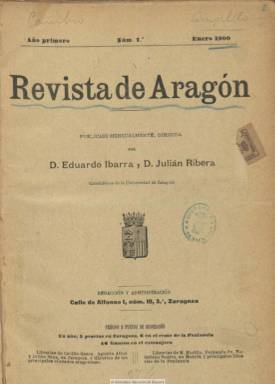
Título: Revista de Aragón (Zaragoza)
Colección: Cultura
Ámbito geográfico: Zaragoza
Lugar de publicación: Zaragoza
Fechas: 01/01/1900-31/12/1905

Fundada y codirigida por el catedrático valenciano y patriarca del arabismo español Julián Ribera y Tarragó (1858-1934) y el historiador zaragozano Eduardo Ibarra y Rodríguez (1866-1944) cuando coincidieron en la Facultad de Letras de la Universidad de Zaragoza. Aparece su primer número en enero de 1900 y ha sido considerada como una de las publicaciones más notorias de principios del siglo veinte, cuyo prestigió creció a nivel nacional y entre los hispanistas en el campo internacional. En ella confluyeron los temas eruditos y de investigación y los de crítica literaria, social y política, todo ello animado por un regeneracionismo conservador de corte universitario y un regionalismo moderado, pues en ella converge un destacado número de profesores y especialistas, a la vez que en su artículo de presentación se señalará en su dimensión regionalista que “para amar a una región no es preciso odiar ni ofender a nadie”. La publicación fue analizada por José-Carlos Mainer Baqué en su obra Regionalismo, burguesía y cultura (1982), de la que señala que apareció “con el impulso económico de la alta burguesía local”.

Será una revista con periodicidad mensual, publicando una sola entrega para los meses de julio a septiembre, al principio de 32 páginas, que muy pronto irá aumentando hasta superar ampliamente el centenar en algunas entregas, y que en contadas ocasiones insertará algunos fotograbados. Su paginación será continuada formando tomos anuales, que en los números de diciembre incluirá, al final, índices arreglados por orden alfabético de autores.

A partir de 1902 sus contenidos son formalmente estructurados en secciones. La de Historia estuvo a cargo del propio Ibarra y Rafael Altamira (1866-1951), y la de Filosofía, a cargo del profesor del Seminario de Zaragoza Alberto Gómez Izquierdo (1870-1930), que utilizará el seudónimo Dr. Grafilinks, y del también clérigo y arabista Miguel Asín Palacios (1871-1944). Al año siguiente, se sumará la sección de Arte, a cargo del crítico José Valenzuela La Rosa (1878-1957); y en 1904, la de Pedagogía, con textos del propio Ribera, y la de Filología e historia literaria, a cargo de Ramón Menéndez Pidal (1869-1968). También cuenta con una sección General, que llegará a tener paginación e índices anuales propios, en la que se incluyen textos de arte a cargo de Elías Tormo (1869-1957) y Vicente Lampérez y Romea (1861-1923); de política internacional, con artículos de Gabriel Maura Gamazo (1879-1963), o una sección varia, con textos del ya citado Ribera, considerado alma de la revista.

La publicación se había propuesto no privarse de tratar ninguna materia y sumará a sus páginas otros textos sobre ciencias, medicina, industria, comercio o agricultura, y sobre acontecimientos políticos, y aunque Ibarra, que utilizó los seudónimos Dr. Bráyer, Anacleto Rodríguez y, probablemente, Un Maestro de Escuela y la inicial Z (para escribir unos cuentos), firmaba una Crónica regional y se enmarcaba ideológicamente en el conservadurismo maurista, la revista se propuso también no “servir” ni a partido ni gobierno concreto alguno. En el plano religioso, se declaró nítidamente católica, pero tolerante.

Dispuso al principio de una sección de Intereses materiales y otra bajo el epígrafe Movimiento intelectual y, más adelante, una de Bibliografía y literatura moderna, que estuvo a cargo de Eduardo Gómez de Baquero (1866-1929), conocido por su seudónimo Andrenio, hasta que dimitió, y que contó también con el trabajo de Ramón Domingo Perés (1863-1956).

Su nómina de colaboradores, sumando los ya citados, fue amplísima y a ella hay que añadir al futuro catedrático de Derecho Canónico afín también al maurismo Juan Moneva y Puyol (1871-1951); al abogado y sociólogo de tendencia demócrata-cristiana Severino Aznar (1870-1959), que fue su revistero teatral además de tener la sección fija Hojas sueltas, en la que expuso su pensamiento social católico; al único socialdemócrata de la revista afiliado al PSOE, el obrero tipógrafo prietista Isidoro Achón Gallifa (1869-1941), que escribirá sobre cuestiones obreras y sociales en la sección General; al notario Luis María López Allué (1861-1928); al político Juan Blas y Ubide (1852-1923), a los abogados Rafael Pamplona Escudero (1865-1929) y Marceliano Isábal (1845-1931), al médico Vicente Gómez Salvo (1862-1937) o a Mariano Baselga (1865-1938). Resalta también en sus páginas, la serie que publica Santiago Ramón y Cajal bajo el título Recuerdos de mi vida; aunque del autor aragonés más notorio entonces, Joaquín Costa, sólo aparecerá un artículo, en la entrega de julio-septiembre de 1902, sobre dialectos aragoneses.

El estudio de Mainer destaca que los temas preferentes de la revista son los de investigación universitaria, principalmente los innumerables trabajos eruditos de Gómez Izquierdo y del grupo arabista formado por Ribera, Asín Palacios y Francisco Codera (1836-1917); y secundariamente los que tendrán como objeto afianzar una conciencia cultural regionalista. Para ello se producirá una fusión entre la investigación histórica y el regionalismo, y en este sentido son también extraordinariamente abundantes los temas aragoneses, con trabajos de Ibarra, como su trabajo sobre los estudios históricos de Aragón, de Asín Palacios y Giménez Soler, además de los de Mariano de Pano (1847-1948), Francisco Aznar Navarro (1878-1927) o Eugenio Salarrullana (1864-1920), sobre documentos de historia del reino de Aragón, así como los de Carlos Riba (1872-1949), Francisco Aguado Arnal o del citado Codera. Como apelación a la conciencia del pasado regional, desde la revista también se impulsó la participación en el III Congreso Histórico de la Corona de Aragón, que se celebrará en Valencia en 1907

Al tema regional se añaden los artículos de viajes de Pano y Moneva, las excursiones pirenaicas y aragonesas de Vicente Castán y del jesuita Longinos Navás (1858-1938), respectivamente; los trabajos de catalogación monumental de Pano, o los textos sobre arte del citado pintor modernista José Valenzuela Larosa.

Además, desde sus páginas se intentó también edificar una literatura regional aragonesa, a través de textos de creación narrativa en los que intervienen los citados Baselga, López Allué, Blas y Ubide, así como los del militar Leandro Mariscal y el abogado José María Matheu (1847-1929), Alberto Casañal (1874-1943), Eduardo Ruiz de Velasco. A ellos se añadirán los cantares baturros, de Gregorio García-Arista (1866-1946), y las coplas festivas de Sixto Celorrio (1870-1924).

Revista de Aragón publicó su última entrega en diciembre de 1905. En febrero de 1906, Ribera, que había sido trasladado a la Universidad Central, e Ibarra, que todavía permanecerá algunos años más en la de Zaragoza, la continuarán pero bajo el título Cultura española, impresa en Madrid. Véase esta publicación también en la Hemeroteca Digital de la BNE.